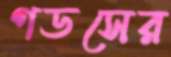
গডসের